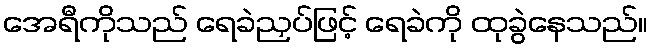
အေရီကိုသည် ရေခဲညှပ်ဖြင့် ရေခဲကို ထုခွဲနေသည်။